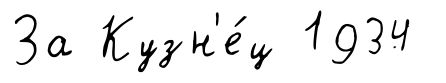
За Кузн'е́ц 1934